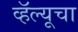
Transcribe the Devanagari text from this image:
व्हॅल्यूचा